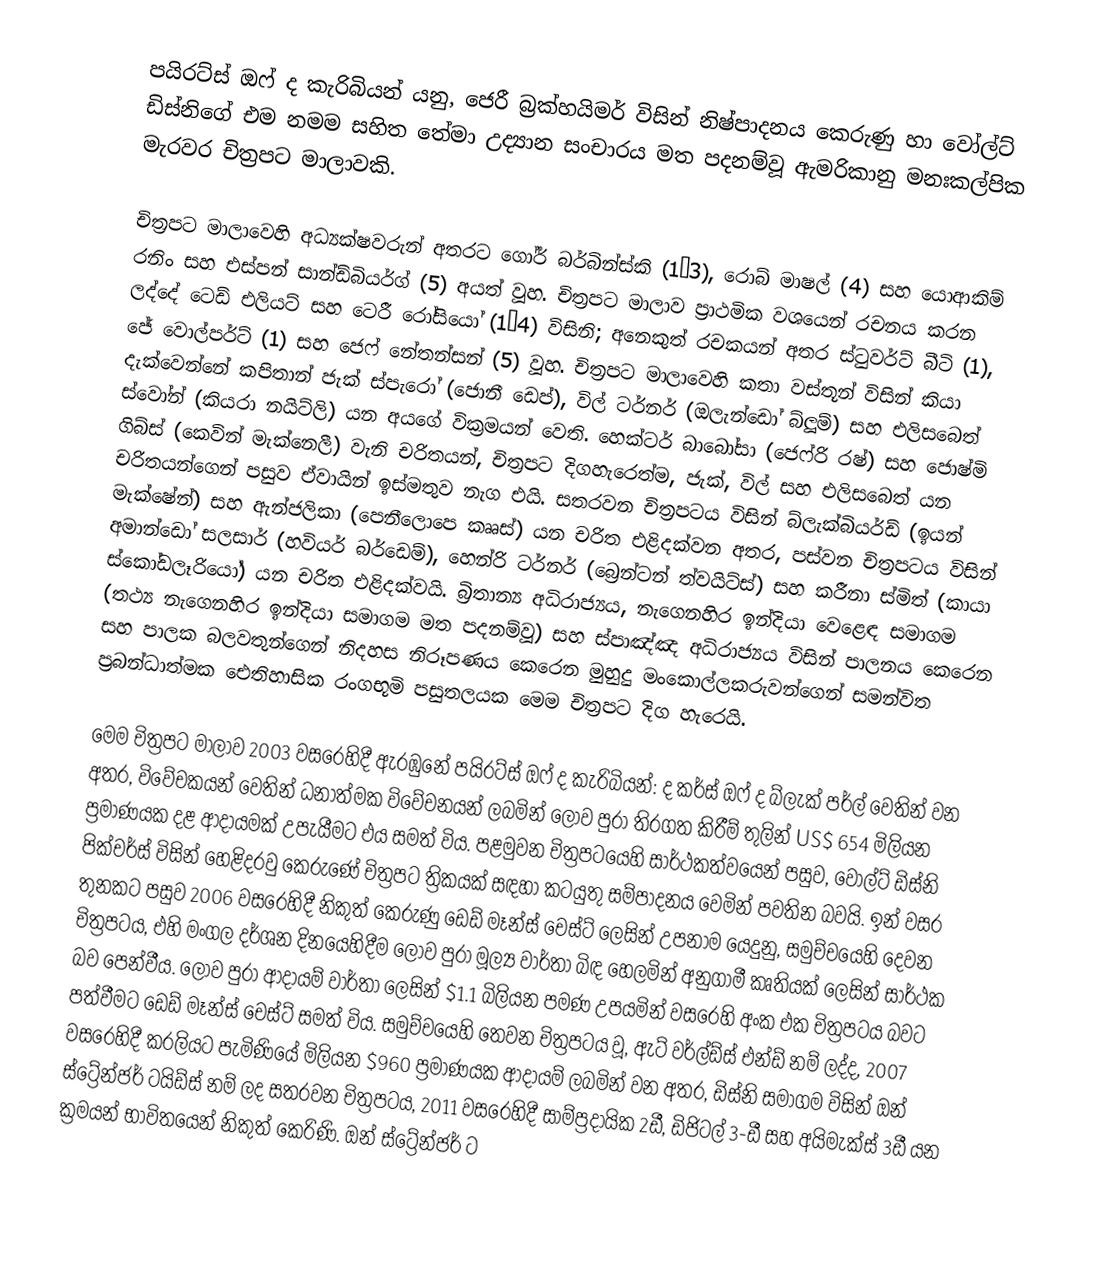
පයිරට්ස් ඔෆ් ද කැරිබියන් යනු, ජෙරී බ්‍රක්හයිමර්   විසින් නිෂ්පාදනය කෙරුණු හා වෝල්ට් ඩිස්නිගේ  එම නමම සහිත තේමා උද්‍යාන සංචාරය මත පදනම්වූ  ඇමරිකානු  මනඃකල්පික  මැරවර චිත්‍රපට මාලාවකි.

චිත්‍රපට මාලාවෙහි අධ්‍යක්ෂවරුන් අතරට ගෝර් බර්බින්ස්කි (1–3), රොබ් මාෂල් (4) සහ යොආකිම් රනිං සහ එස්පන් සාන්ඩ්බියර්ග් (5) අයත් වූහ. චිත්‍රපට මාලාව ප්‍රාථමික වශයෙන් රචනය කරන ලද්දේ ටෙඩ් එලියට් සහ ටෙරී රෝසියෝ (1–4) විසිනි; අනෙකුත් රචකයන් අතර ස්ටුවර්ට් බීටි (1), ජේ වොල්පර්ට් (1) සහ ජෙෆ් නේතන්සන්  (5) වූහ. චිත්‍රපට මාලාවෙහි කතා වස්තූන් විසින් කියා දැක්වෙන්නේ  කපිතාන් ජැක් ස්පැරෝ (ජොනී ඩෙප්), විල් ටර්නර් (ඔලැන්ඩෝ බ්ලූම්) සහ එලිසබෙත් ස්වෝන් (කියරා නයිට්ලි) යන අයගේ වික්‍රමයන් වෙති. හෙක්ටර් බාබෝසා (ජෙෆ්රි රෂ්) සහ ජොෂ්මි ගිබ්ස් (කෙවින් මැක්නෙලී) වැනි චරිතයන්, චිත්‍රපට දිගහැරෙත්ම, ජැක්, විල් සහ එලිසබෙත්  යන චරිතයන්ගෙන් පසුව ඒවායින් ඉස්මතුව නැග එයි. සතරවන චිත්‍රපටය විසින්  බ්ලැක්බියර්ඩ් (ඉයන් මැක්ෂේන්) සහ ඇන්ජලිකා (පෙනීලොපෙ කෲස්) යන චරිත එළිදක්වන අතර, පස්වන චිත්‍රපටය විසින් අමාන්ඩෝ සලසාර්  (හවියර් බර්ඩෙම්), හෙන්රි ටර්නර් (බ්‍රෙන්ටන් ත්වයිට්ස්) සහ කරීනා ස්මිත් (කායා ස්කෝඩලෑරියෝ) යන චරිත එළිදක්වයි. බ්‍රිතාන්‍ය අධිරාජ්‍යය, නැගෙනහිර ඉන්දියා වෙළෙඳ සමාගම (තථ්‍ය නැගෙනහිර ඉන්දියා සමාගම මත පදනම්වූ) සහ ස්පාඤ්ඤ අධිරාජ්‍යය විසින් පාලනය කෙරෙන සහ පාලක බලවතුන්ගෙන් නිදහස නිරූපණය කෙරෙන මුහුදු මංකොල්ලකරුවන්ගෙන් සමන්විත ප්‍රබන්ධාත්මක ඓතිහාසික රංගභූමි පසුතලයක මෙම චිත්‍රපට දිග හැරෙයි.

මෙම චිත්‍රපට මාලාව 2003 වසරෙහිදී ඇරඹුනේ  පයිරට්ස් ඔෆ් ද කැරිබියන්: ද කර්ස් ඔෆ් ද බ්ලැක් පර්ල් වෙතින් වන අතර, විවේචකයන් වෙතින් ධනාත්මක විවේචනයන් ලබමින් ලොව පුරා තිරගත කිරීම් තුලින් US$ 654 මිලියන ප්‍රමාණයක දළ ආදායමක් උපැයීමට එය සමත් විය. පළමුවන චිත්‍රපටයෙහි සාර්ථකත්වයෙන් පසුව, වෝල්ට් ඩිස්නි පික්චර්ස් විසින් හෙළිදරවු කෙරුණේ චිත්‍රපට ත්‍රිකයක් සඳහා කටයුතු සම්පාදනය වෙමින් පවතින බවයි. ඉන් වසර තුනකට පසුව  2006 වසරෙහිදී නිකුත් කෙරුණු  ඩෙඩ් මෑන්ස් චෙස්ට් ලෙසින් උපනාම යෙදුනු, සමුච්චයෙහි දෙවන චිත්‍රපටය, එහි මංගල දර්ශන දිනයෙහිදීම ලොව පුරා මූල්‍ය වාර්තා බිඳ හෙලමින් අනුගාමී කෘතියක් ලෙසින් සාර්ථක බව පෙන්වීය. ලොව පුරා ආදායම් වාර්තා ලෙසින් $1.1 බිලියන පමණ උපයමින් වසරෙහි අංක එක චිත්‍රපටය බවට පත්වීමට ඩෙඩ් මෑන්ස් චෙස්ට් සමත් විය. සමුච්චයෙහි තෙවන චිත්‍රපටය වූ,  ඇට් වර්ල්ඩ්ස් එන්ඩ් නම් ලද්ද, 2007 වසරෙහිදී කරලියට පැමිණියේ මිලියන $960 ප්‍රමාණයක ආදායම් ලබමින් වන අතර, ඩිස්නි සමාගම විසින්   ඔන් ස්ට්‍රේන්ජර් ටයිඩ්ස් නම් ලද සතරවන චිත්‍රපටය, 2011 වසරෙහිදී සාම්ප්‍රදායික 2ඩී, ඩිජිටල් 3-ඩී සහ අයිමැක්ස් 3ඩී යන ක්‍රමයන් භාවිතයෙන් නිකුත් කෙරිණි. ඔන් ස්ට්‍රේන්ජර් ට